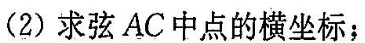
(2)求弦AC中点的横坐标；